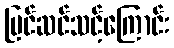
ပြင်ဆင်သင့်ကြောင်း